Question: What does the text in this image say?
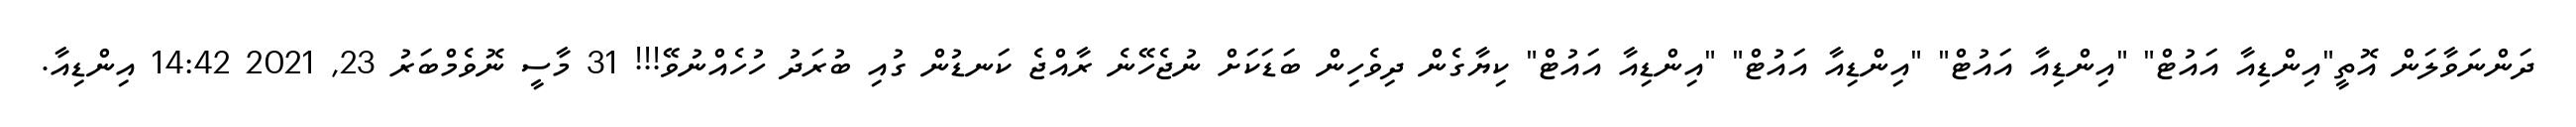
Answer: ދަންނަވާލަން އޮތީ"އިންޑިއާ އައުޓް" "އިންޑިއާ އައުޓް" "އިންޑިއާ އައުޓް" "އިންޑިއާ އައުޓް" ކިޔާގެން ދިވެހިން ބަޑަކަށް ނުޖެހޭނެ ރާއްޖެ ކަނޑުން ގުއި ބުރަދު ހުހެއްނުވޭ!!! 31 މާސީ ނޮވެމްބަރު 23, 2021 14:42 އިންޑިއާ.